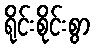
ရိုင်းစိုင်းစွာ